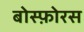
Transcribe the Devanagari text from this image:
बोस्फ़ोरस